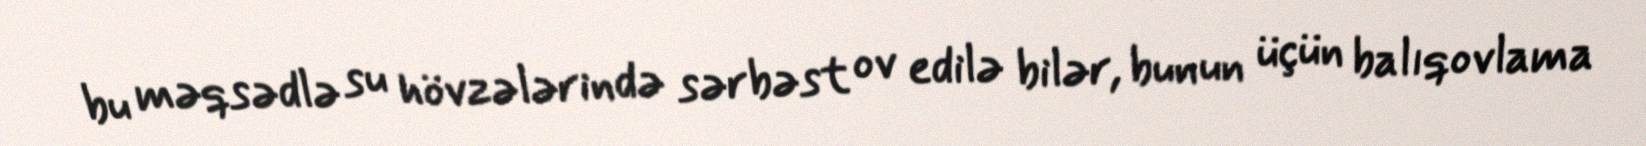
bu məqsədlə su hövzələrində sərbəst ov edilə bilər, bunun üçün balıqovlama